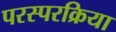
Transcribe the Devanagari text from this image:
परस्परक्रिया